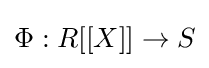
\Phi :R[[X]]\to S